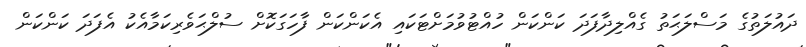
ދައުލަތުގެ މަސްލަޙަތު ގެއްލިދާފަދަ ކަންކަން ހުއްޓުވުމަށްޓަކައި އެކަންކަން ފާހަގަކޮށް ސުލްޙަވެރިކަމާއެކު އެފަދަ ކަންކަން